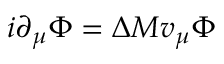
i \partial _ { \mu } \Phi = \Delta M v _ { \mu } \Phi